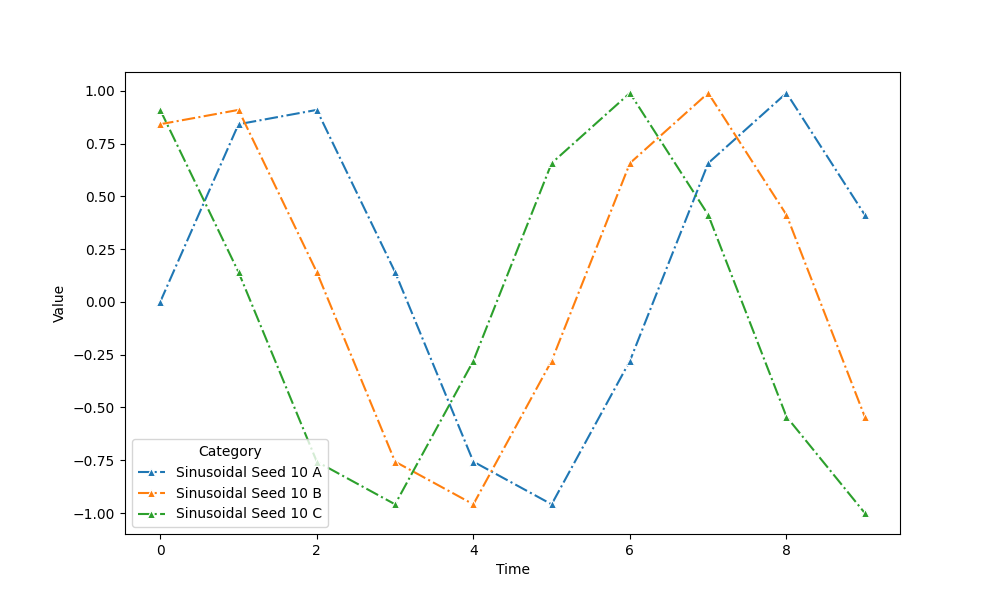
python, seaborn, lineplot, style='dashdot', marker='^'